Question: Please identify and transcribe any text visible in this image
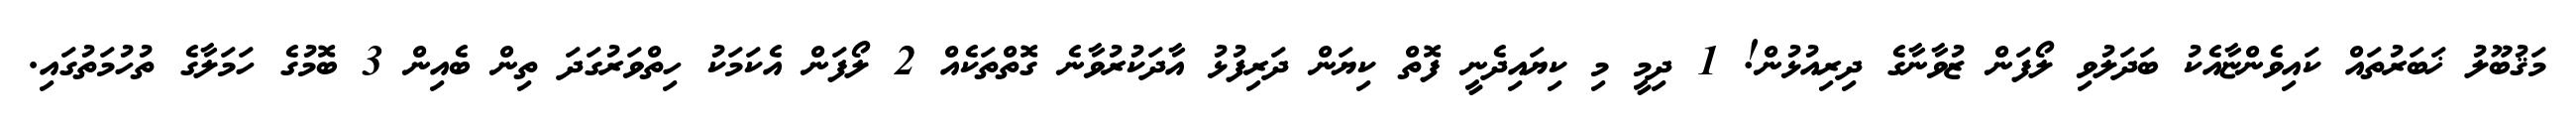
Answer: މަޤުބޫލު ޚަބަރުތައް ކައިވެންޏާއެކު ބަދަލުވި ލޯފަން ޒުވާނާގެ ދިރިއުޅުން! 1 ދިމީ މި ކިޔައިދެނީ ފޮތް ކިޔަން ދަރިފުޅު އާދަކުރުވާނެ ގޮތްތަކެއް 2 ލޯފަން އެކަމަކު ހިތްވަރުގަދަ ތިން ބެއިން 3 ބޮމުގެ ހަމަލާގެ ތުހުމަތުގައި.